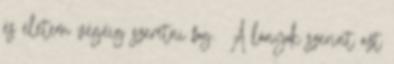
és életem végéig szeretni fog.❤ A lányok szerint azt